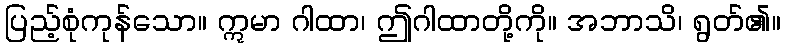
ပြည့်စုံကုန်သော။ ဣမာ ဂါထာ၊ ဤဂါထာတို့ကို။ အဘာသိ၊ ရွတ်၏။